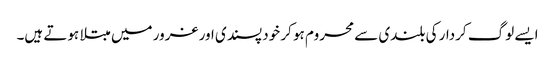
ایسے لوگ کردار کی بلندی سے محروم ہو کر خود پسندی اور غرور میں مبتلا ہوتے ہیں۔